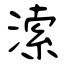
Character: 溹